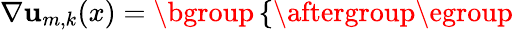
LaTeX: \nabla\mathbf{u}_{m,k}(x)=\mathopen{}\mathclose\bgroup\left\{ \begin{array}{rlrl}\end{array}\aftergroup\egroup\right.